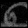
Digit: ၈